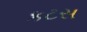
કટસ